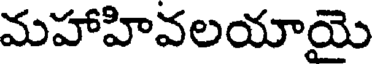
మహాహివలయాయె